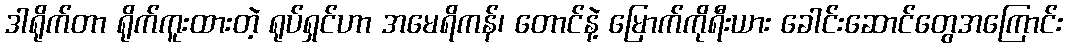
ဒါရိုက်တာ ရိုက်ကူးထားတဲ့ ရုပ်ရှင်ဟာ အမေရိကန်၊ တောင်နဲ့ မြောက်ကိုရီးယား ခေါင်းဆောင်တွေအကြောင်း